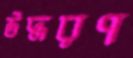
উদ্ধরণ